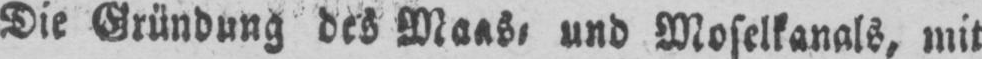
Die Gründung des Maas, und Moselkanals, mit